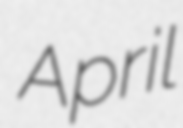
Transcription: April